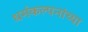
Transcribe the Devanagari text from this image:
धर्मकल्पनांच्या